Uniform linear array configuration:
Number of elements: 16
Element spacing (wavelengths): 0.5
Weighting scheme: uniform
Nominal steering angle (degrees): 45
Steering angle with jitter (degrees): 43.836
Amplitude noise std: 0.05
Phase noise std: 0.05

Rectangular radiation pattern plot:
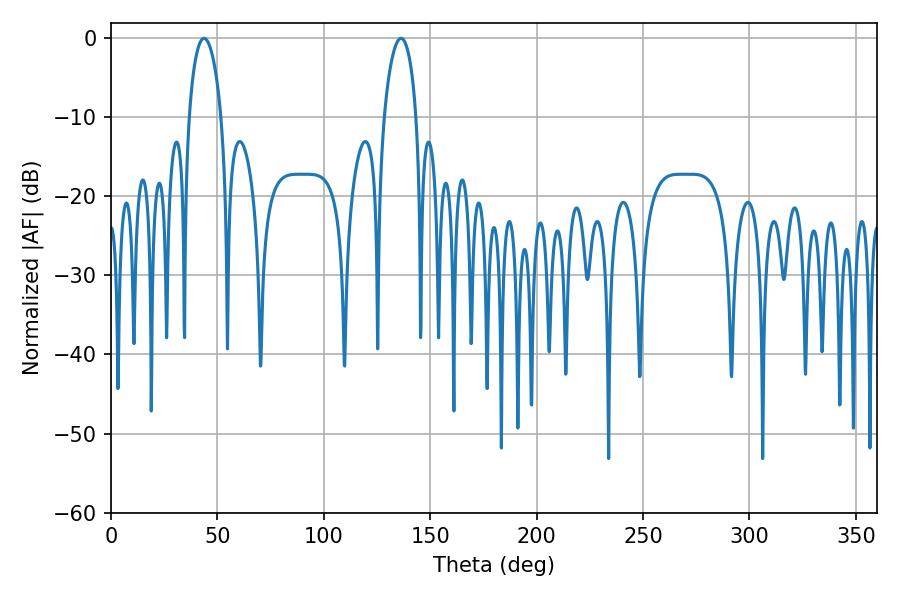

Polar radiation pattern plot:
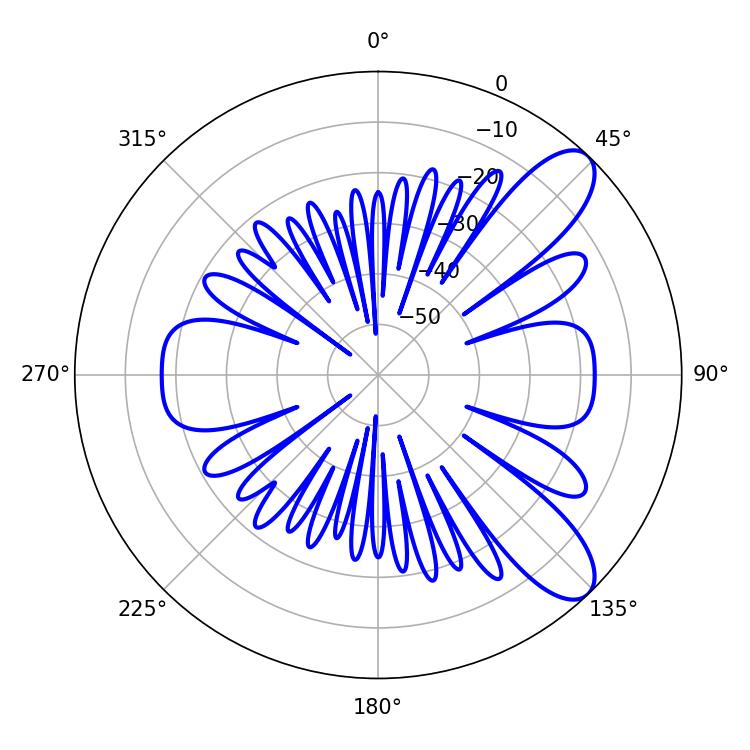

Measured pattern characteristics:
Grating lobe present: FALSE
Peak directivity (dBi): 9.389
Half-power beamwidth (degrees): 8.64
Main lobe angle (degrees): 43.74